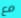
مع